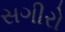
સગીરો